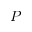
P